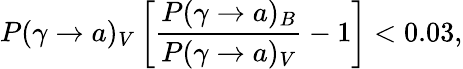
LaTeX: P(\gamma\rightarrow a)_{V}\left[{\frac{P(\gamma\rightarrow a)_{B}}{P(\gamma\rightarrow a)_{V}}}-1\right]<0.03,